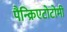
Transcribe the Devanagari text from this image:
पैन्क्रिएटोटोमी